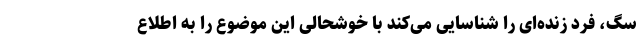
سگ، فرد زنده‌ای را شناسایی می‌کند با خوشحالی این موضوع را به اطلاع